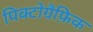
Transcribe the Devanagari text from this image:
पिक्टोग्रैफ़िक